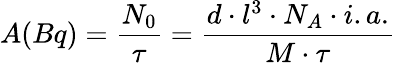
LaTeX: A(Bq)=\frac{N_{0}}{\tau}=\frac{d\cdot l^{3}\cdot N_{A}\cdot i.a.}{M\cdot\tau}